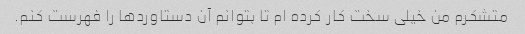
متشکرم من خیلی سخت کار کرده ام تا بتوانم آن دستاوردها را فهرست کنم.